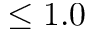
\leq 1 . 0